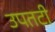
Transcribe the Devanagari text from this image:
उपतटी